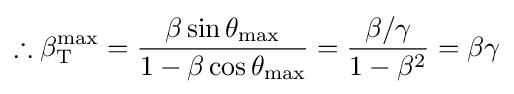
\therefore \beta _{\text{T}}^{\text{max}}={\frac {\beta \sin \theta _{\text{max}}}{1-\beta \cos \theta _{\text{max}}}}={\frac {\beta /\gamma }{1-\beta ^{2}}}=\beta \gamma